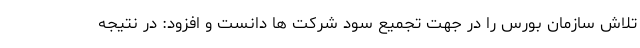
تلاش سازمان بورس را در جهت تجمیع سود شرکت ها دانست و افزود: در نتیجه